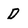
Character: D